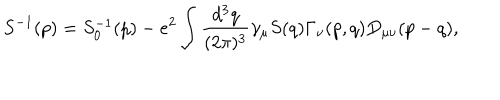
S ^ { - 1 } ( p ) = S _ { 0 } ^ { - 1 } ( p ) - e ^ { 2 } \int \frac { d ^ { 3 } q } { ( 2 \pi ) ^ { 3 } } \gamma _ { \mu } S ( q ) \Gamma _ { \nu } ( p , q ) D _ { \mu \nu } ( p - q ) ,